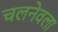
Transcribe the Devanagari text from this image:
चलनेवला